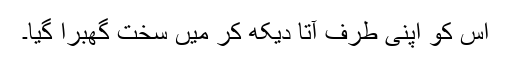
اس کو اپنی طرف آتا دیکھ کر میں سخت گھبرا گیا۔